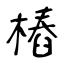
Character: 樁